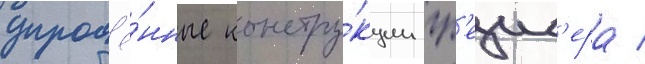
упрощё́нные констру́кции гр'еиф'ера /